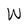
Character: W